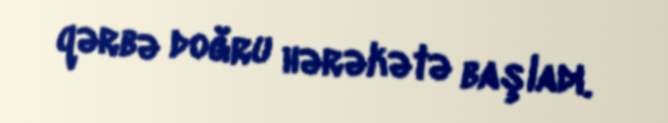
qərbə doğru hərəkətə başladı.